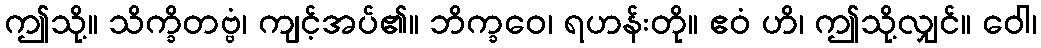
ဤသို့။ သိက္ခိတဗ္ဗံ၊ ကျင့်အပ်၏။ ဘိက္ခဝေ၊ ရဟန်းတို။ ဧဝံ ဟိ၊ ဤသို့လျှင်။ ဝေါ၊